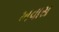
ખવાસ